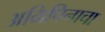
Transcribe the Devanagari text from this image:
अग्रिपिनाचा